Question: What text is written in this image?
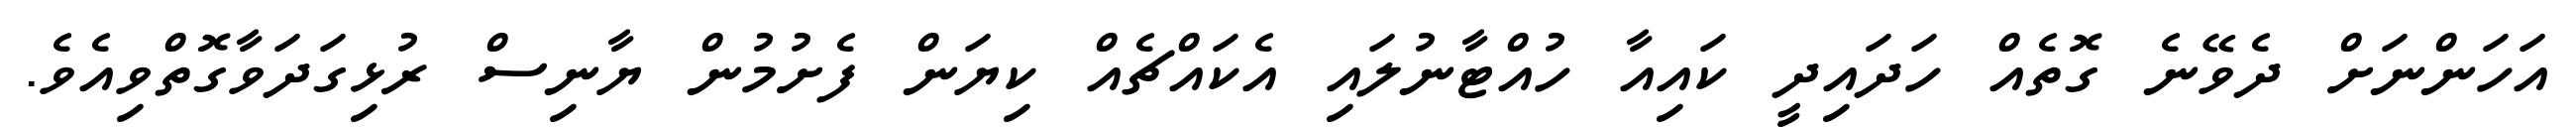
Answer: އަހަންނަށް ދެވޭނެ ގޮތެއް ހަދައިދީ ކައިއާ ހުއްޓާނުލައި އެކައްޗެއް ކިޔަން ފެށުމުން ޔާނިސް ރުޅިގަދަވާގޮތްވިއެވެ.